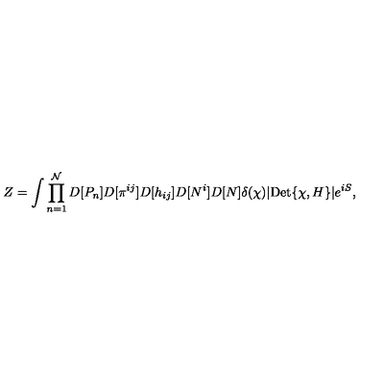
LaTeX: Z = \int \prod _ { n = 1 } ^ { \mathcal { N } } D [ P _ { n } ] D [ \pi ^ { i j } ] D [ h _ { i j } ] D [ N ^ { i } ] D [ N ] \delta ( \chi ) | \mathrm { D e t } \{ \chi , H \} | e ^ { i S } ,